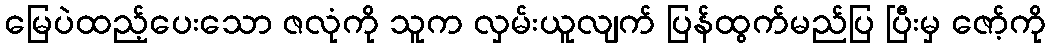
မြေပဲထည့်ပေးသော ဇလုံကို သူက လှမ်းယူလျက် ပြန်ထွက်မည်ပြ ပြီးမှ ဇော့်ကို